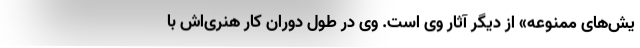
یش‌های ممنوعه» از دیگر آثار وی است. وی در طول دوران کار هنری‌اش با